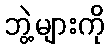
ဘွဲ့များကို